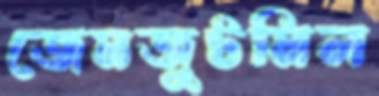
জেমজুটমিল